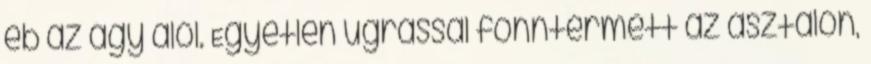
eb az ágy alól. Egyetlen ugrással fönntermett az asztalon,